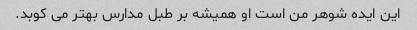
این ایده شوهر من است او همیشه بر طبل مدارس بهتر می کوبد.